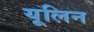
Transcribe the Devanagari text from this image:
यूलिन